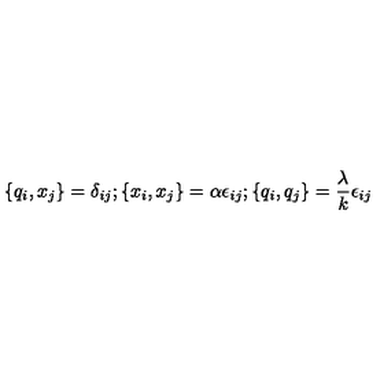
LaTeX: \{ q _ { i } , x _ { j } \} = \delta _ { i j } ; \{ x _ { i } , x _ { j } \} = \alpha \epsilon _ { i j } ; \{ q _ { i } , q _ { j } \} = \frac { \lambda } { k } \epsilon _ { i j }